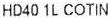
HD40 1L COTIN